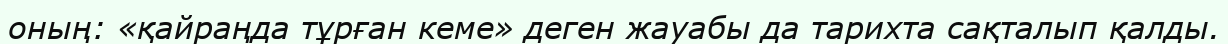
оның: «қайраңда тұрған кеме» деген жауабы да тарихта сақталып қалды.